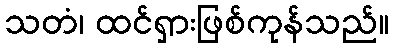
သတံ၊ ထင်ရှားဖြစ်ကုန်သည်။